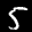
Label: 5